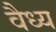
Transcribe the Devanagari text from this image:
वैध्य